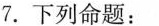
7.下列命题：